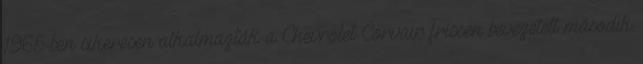
1965-ben sikeresen alkalmazták a Chevrolet Corvair frissen bevezetett második